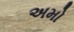
અમો